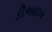
ડીઆઇર